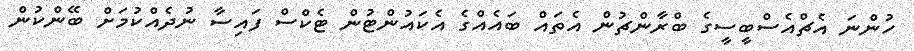
ހުންނަ އެޗްއެސްބީސީގެ ބްރާންޗުން އެތައް ބައެއްގެ އެކައުންޓުން ޓެކްސް ފައިސާ ނުދެއްކުމަށް ބޭންކުން